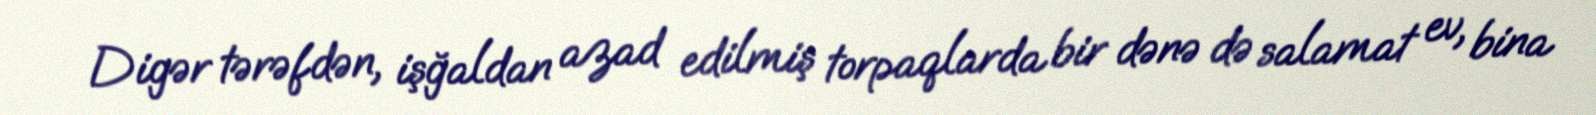
Digər tərəfdən, işğaldan azad edilmiş torpaqlarda bir dənə də salamat ev, bina